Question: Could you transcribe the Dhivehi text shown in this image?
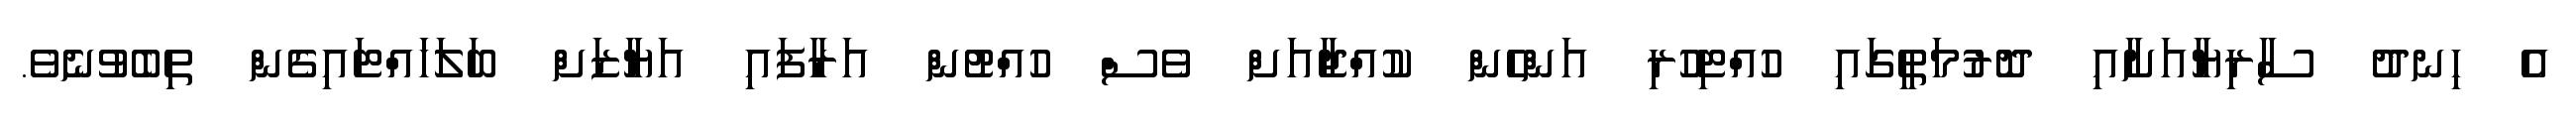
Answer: އެ ހިނދު ސާރިޔާއަށާއި ދޮރުމަތީގައި ހުއްޓިހުރި އަންހެން ކުއްޖާއަށް ވެސް ހުއްޓުން އަރާފައި އަޔާޒަށް ބަލަހައްޓައިގެން ތިބެވުނެވެ.